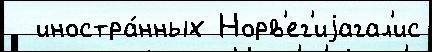
  иностра́нных Норв'ег'иjагал'ис